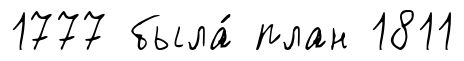
1777 была́ план 1811